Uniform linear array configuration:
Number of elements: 48
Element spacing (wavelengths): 1
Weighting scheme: hamming
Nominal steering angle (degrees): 30
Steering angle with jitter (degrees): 29.867
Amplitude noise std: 0.05
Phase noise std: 0.05

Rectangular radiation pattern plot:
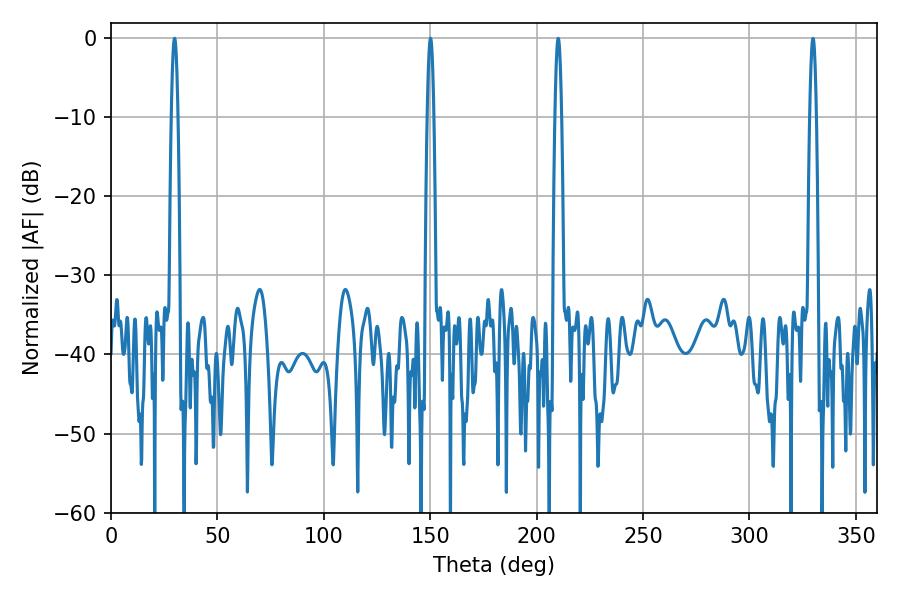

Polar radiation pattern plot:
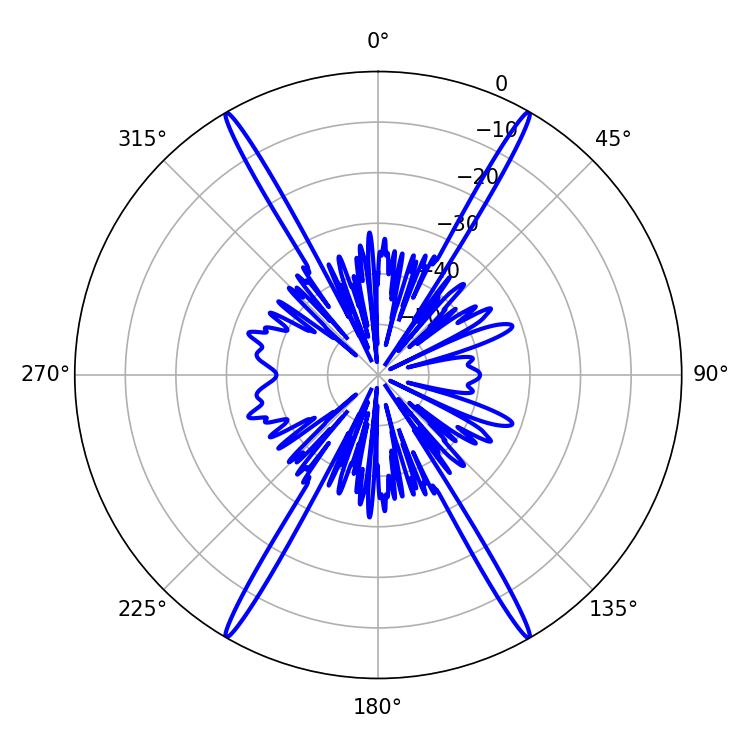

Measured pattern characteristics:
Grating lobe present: TRUE
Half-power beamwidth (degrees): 1.62
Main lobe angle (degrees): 29.88